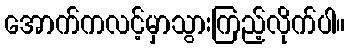
အောက်ကလင့်မှာသွားကြည့်လိုက်ပါ။